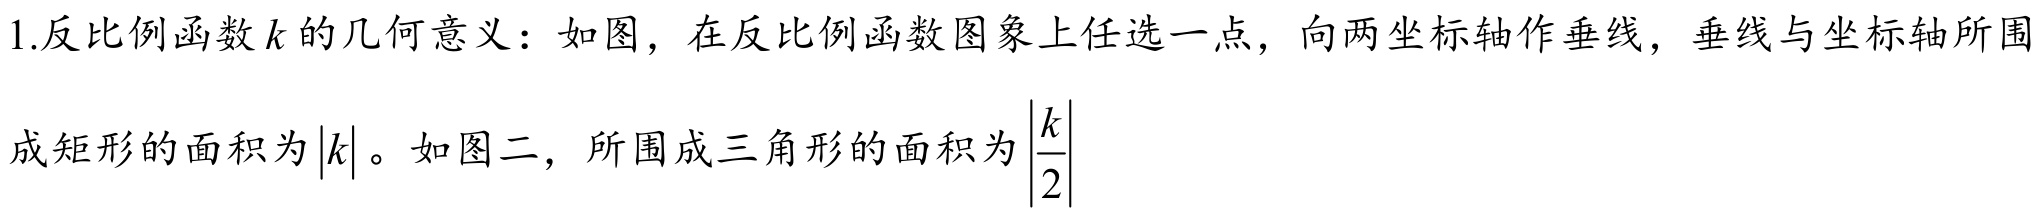
1.反比例函数$k$的几何意义：如图，在反比例函数图象上任选一点，向两坐标轴作垂线，垂线与坐标轴所围成矩形的面积为$|k|$。如图二，所围成三角形的面积为$\left|\dfrac{k}{2}\right|$